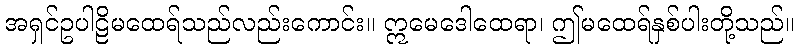
အရှင်ဥပါဠိမထေရ်သည်လည်းကောင်း။ ဣမေဒေါထေရာ၊ ဤမထေရ်နှစ်ပါးတို့သည်။